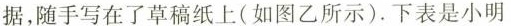
据，随手写在了草稿纸上(如图乙所示)。下表是小明